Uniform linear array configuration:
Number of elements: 12
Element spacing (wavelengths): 0.5
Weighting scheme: cosine
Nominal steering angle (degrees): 0
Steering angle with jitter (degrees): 1.149
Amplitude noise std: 0.05
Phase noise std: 0.05

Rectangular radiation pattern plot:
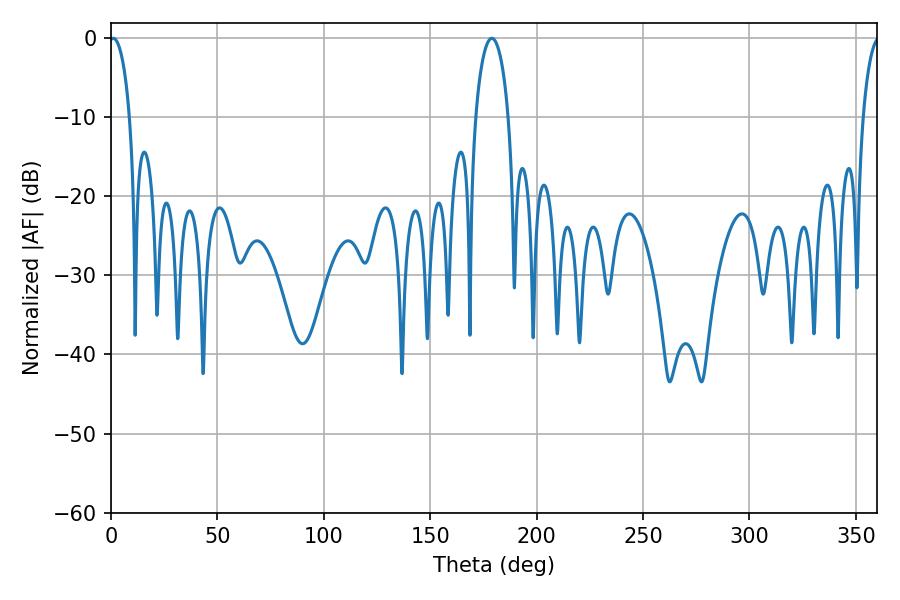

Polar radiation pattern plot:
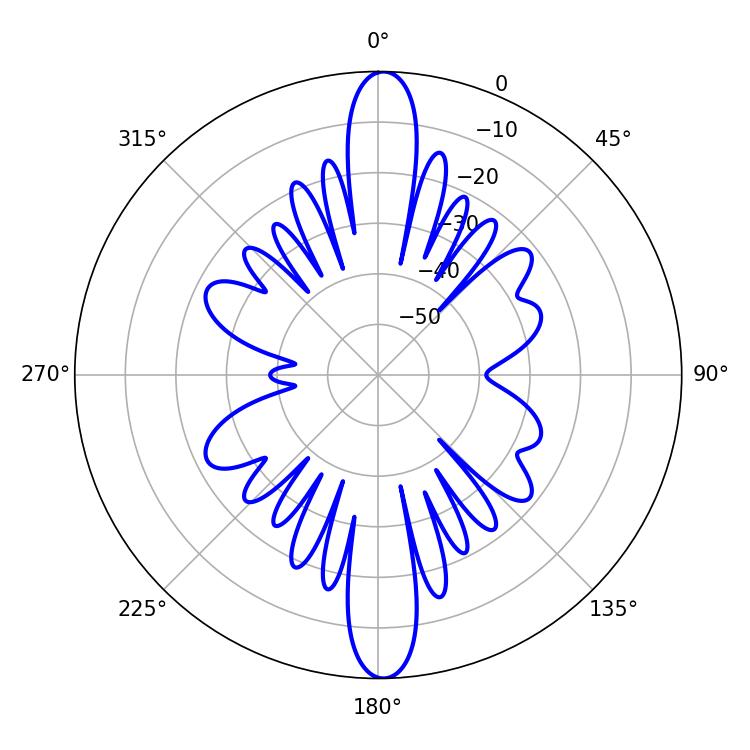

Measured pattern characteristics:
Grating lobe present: FALSE
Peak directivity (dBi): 24.814
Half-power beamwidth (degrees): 5.4
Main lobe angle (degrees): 1.08